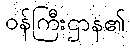
ဝန်ကြီးဌာန၏